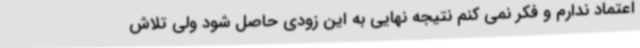
اعتماد ندارم و فکر نمی کنم نتیجه نهایی به این زودی حاصل شود ولی تلاش